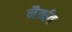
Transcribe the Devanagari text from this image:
नैर्ऋत